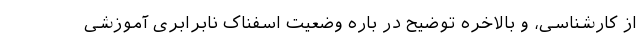
از کارشناسی، و بالاخره توضیح در باره وضعیت اسفناک نابرابری آموزشی